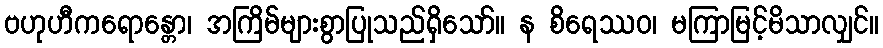
ဗဟုဟီကရောန္တော၊ အကြိမ်များစွာပြုသည်ရှိသော်။ န စိရေဿဝ၊ မကြာမြင့်မိသာလျှင်။